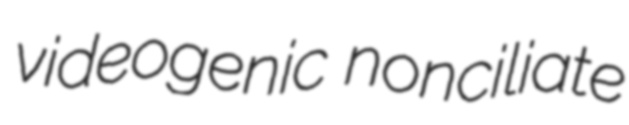
videogenic nonciliate